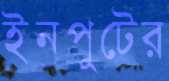
ইনপুটের